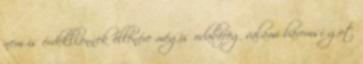
nem is érdekli,ennek ellenére mégis odaböfög valami baromsí got